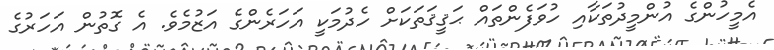
އެމީހުންގެ އުންމީދުތަކާއި ހުވަފެންތައް ޙަޤީޤަތަކަށް ހެދުމަކީ އަހަރެންގެ އަޒުމެވެ. އެ ގޮތުން އަހަރުގެ